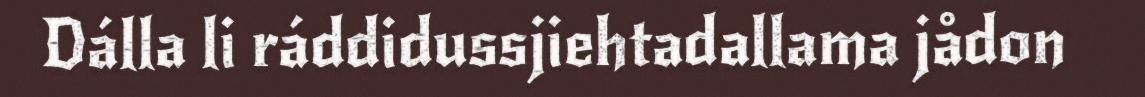
Dálla li ráddidussjiehtadallama jådon